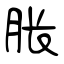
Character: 胀